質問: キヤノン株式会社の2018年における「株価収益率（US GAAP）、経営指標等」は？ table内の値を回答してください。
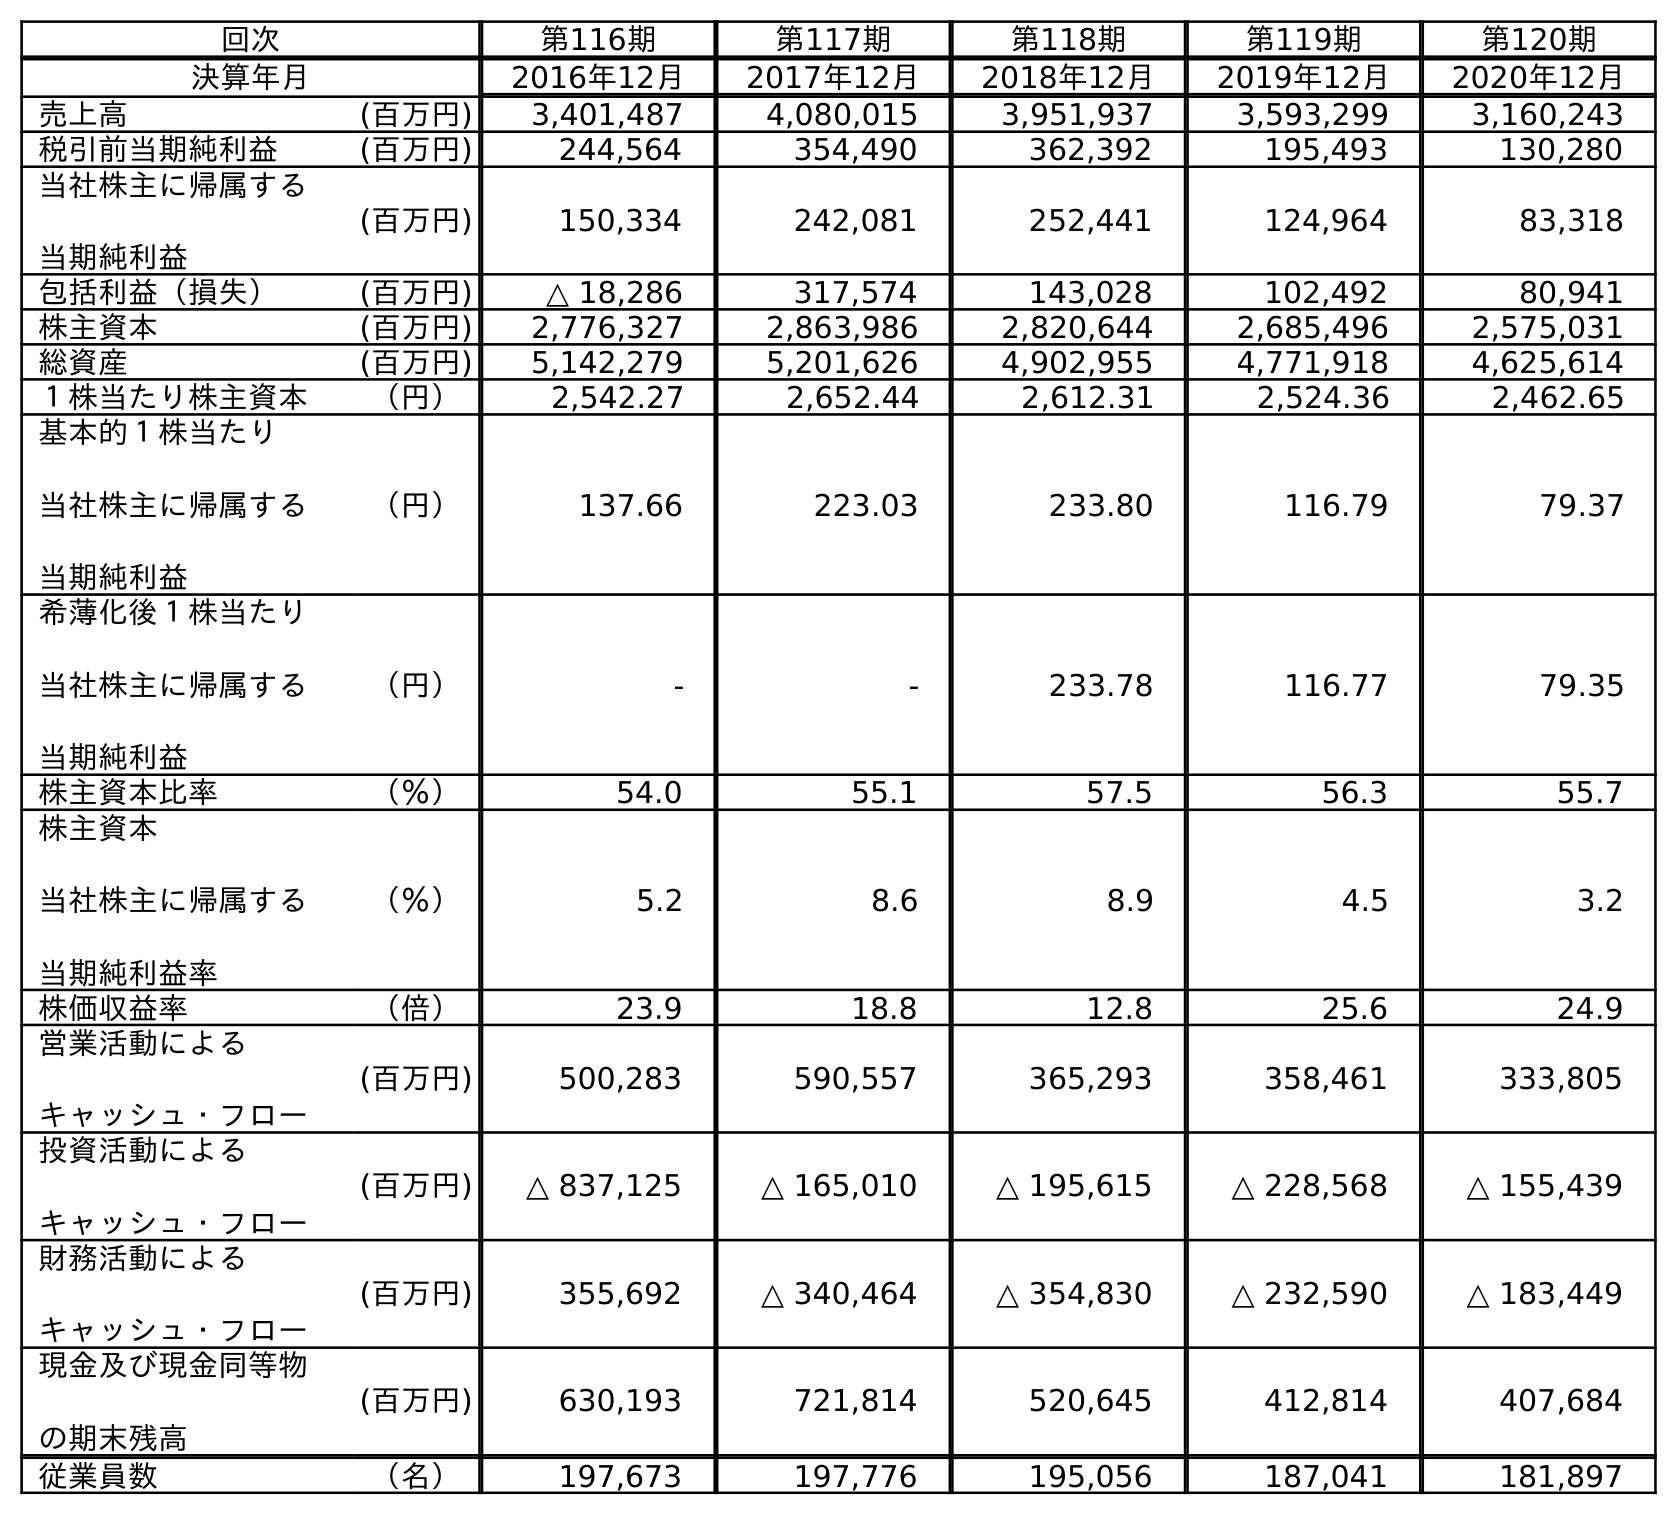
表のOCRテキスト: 回次 第116期 第117期 第118期 第119期 第120期 決算年月 2016年12月 2017年12月 2018年12月 2019年12月 2020年12月 売上高 (百万円) 3,401,487 4,080,015 3,951,937 3,593,299 3,160,243 税引前当期純利益 (百万円) 244,564 354,490 362,392 195,493 130,280 当社株主に帰属する 当期純利益 (百万円) 150,334 242,081 252,441 124,964 83,318 包括利益（損失） (百万円) △ 18,286 317,574 143,028 102,492 80,941 株主資本 (百万円) 2,776,327 2,863,986 2,820,644 2,685,496 2,575,031 総資産 (百万円) 5,142,279 5,201,626 4,902,955 4,771,918 4,625,614 １株当たり株主資本 （円） 2,542.27 2,652.44 2,612.31 2,524.36 2,462.65 基本的１株当たり 当社株主に帰属する 当期純利益 （円） 137.66 223.03 233.80 116.79 79.37 希薄化後１株当たり 当社株主に帰属する 当期純利益 （円） - - 233.78 116.77 79.35 株主資本比率 （％） 54.0 55.1 57.5 56.3 55.7 株主資本 当社株主に帰属する 当期純利益率 （％） 5.2 8.6 8.9 4.5 3.2 株価収益率 （倍） 23.9 18.8 12.8 25.6 24.9 営業活動による キャッシュ・フロー (百万円) 500,283 590,557 365,293 358,461 333,805 投資活動による キャッシュ・フロー (百万円) △ 837,125 △ 165,010 △ 195,615 △ 228,568 △ 155,439 財務活動による キャッシュ・フロー (百万円) 355,692 △ 340,464 △ 354,830 △ 232,590 △ 183,449 現金及び現金同等物 の期末残高 (百万円) 630,193 721,814 520,645 412,814 407,684 従業員数 （名） 197,673 197,776 195,056 187,041 181,897
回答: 12.8